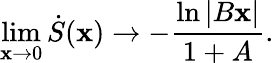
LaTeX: \operatorname*{lim}_{\mathbf{x}\rightarrow0}\dot{{S}}(\mathbf{x})\rightarrow-\frac{{\ln|B\mathbf{x}|}}{{1+A}}.